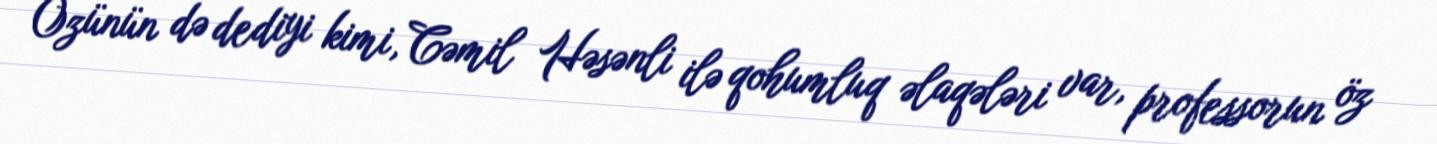
Özünün də dediyi kimi, Cəmil Həsənli ilə qohumluq əlaqələri var, professorun öz